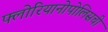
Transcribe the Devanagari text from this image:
फ्लोरियानोपोलिसची